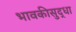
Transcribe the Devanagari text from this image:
भावकीसुद्धा